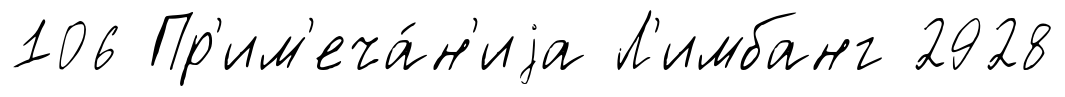
106 Пр'им'еча́н'иjа Л'имбанг 2928